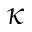
\kappa